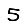
Digit: 5